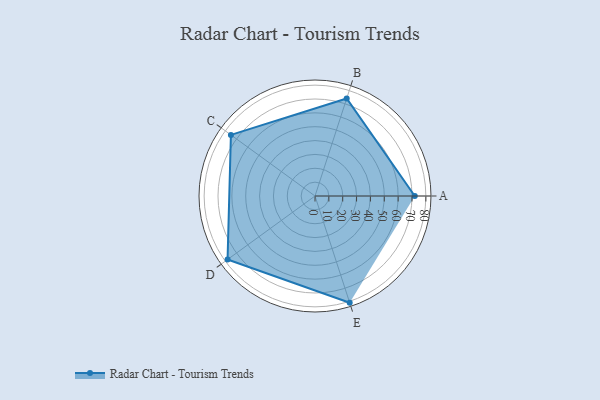
{"axis": {"x": "Skill", "y": "Score"}, "legend": ["Profile"], "data": [{"x": "A", "y": 72.0, "type": "Profile"}, {"x": "B", "y": 74.0, "type": "Profile"}, {"x": "C", "y": 75.0, "type": "Profile"}, {"x": "D", "y": 78.0, "type": "Profile"}, {"x": "E", "y": 81.0, "type": "Profile"}]}